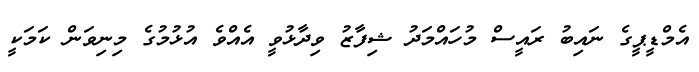
އެމްޑީޕީގެ ނައިބު ރައީސް މުހައްމަދު ޝިފާޒު ވިދާޅުވީ އެއްވެ އުޅުމުގެ މިނިވަން ކަމަކީ